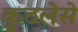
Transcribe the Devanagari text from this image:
कुठलेसे